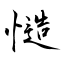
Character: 慥